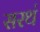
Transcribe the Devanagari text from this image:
सरथं